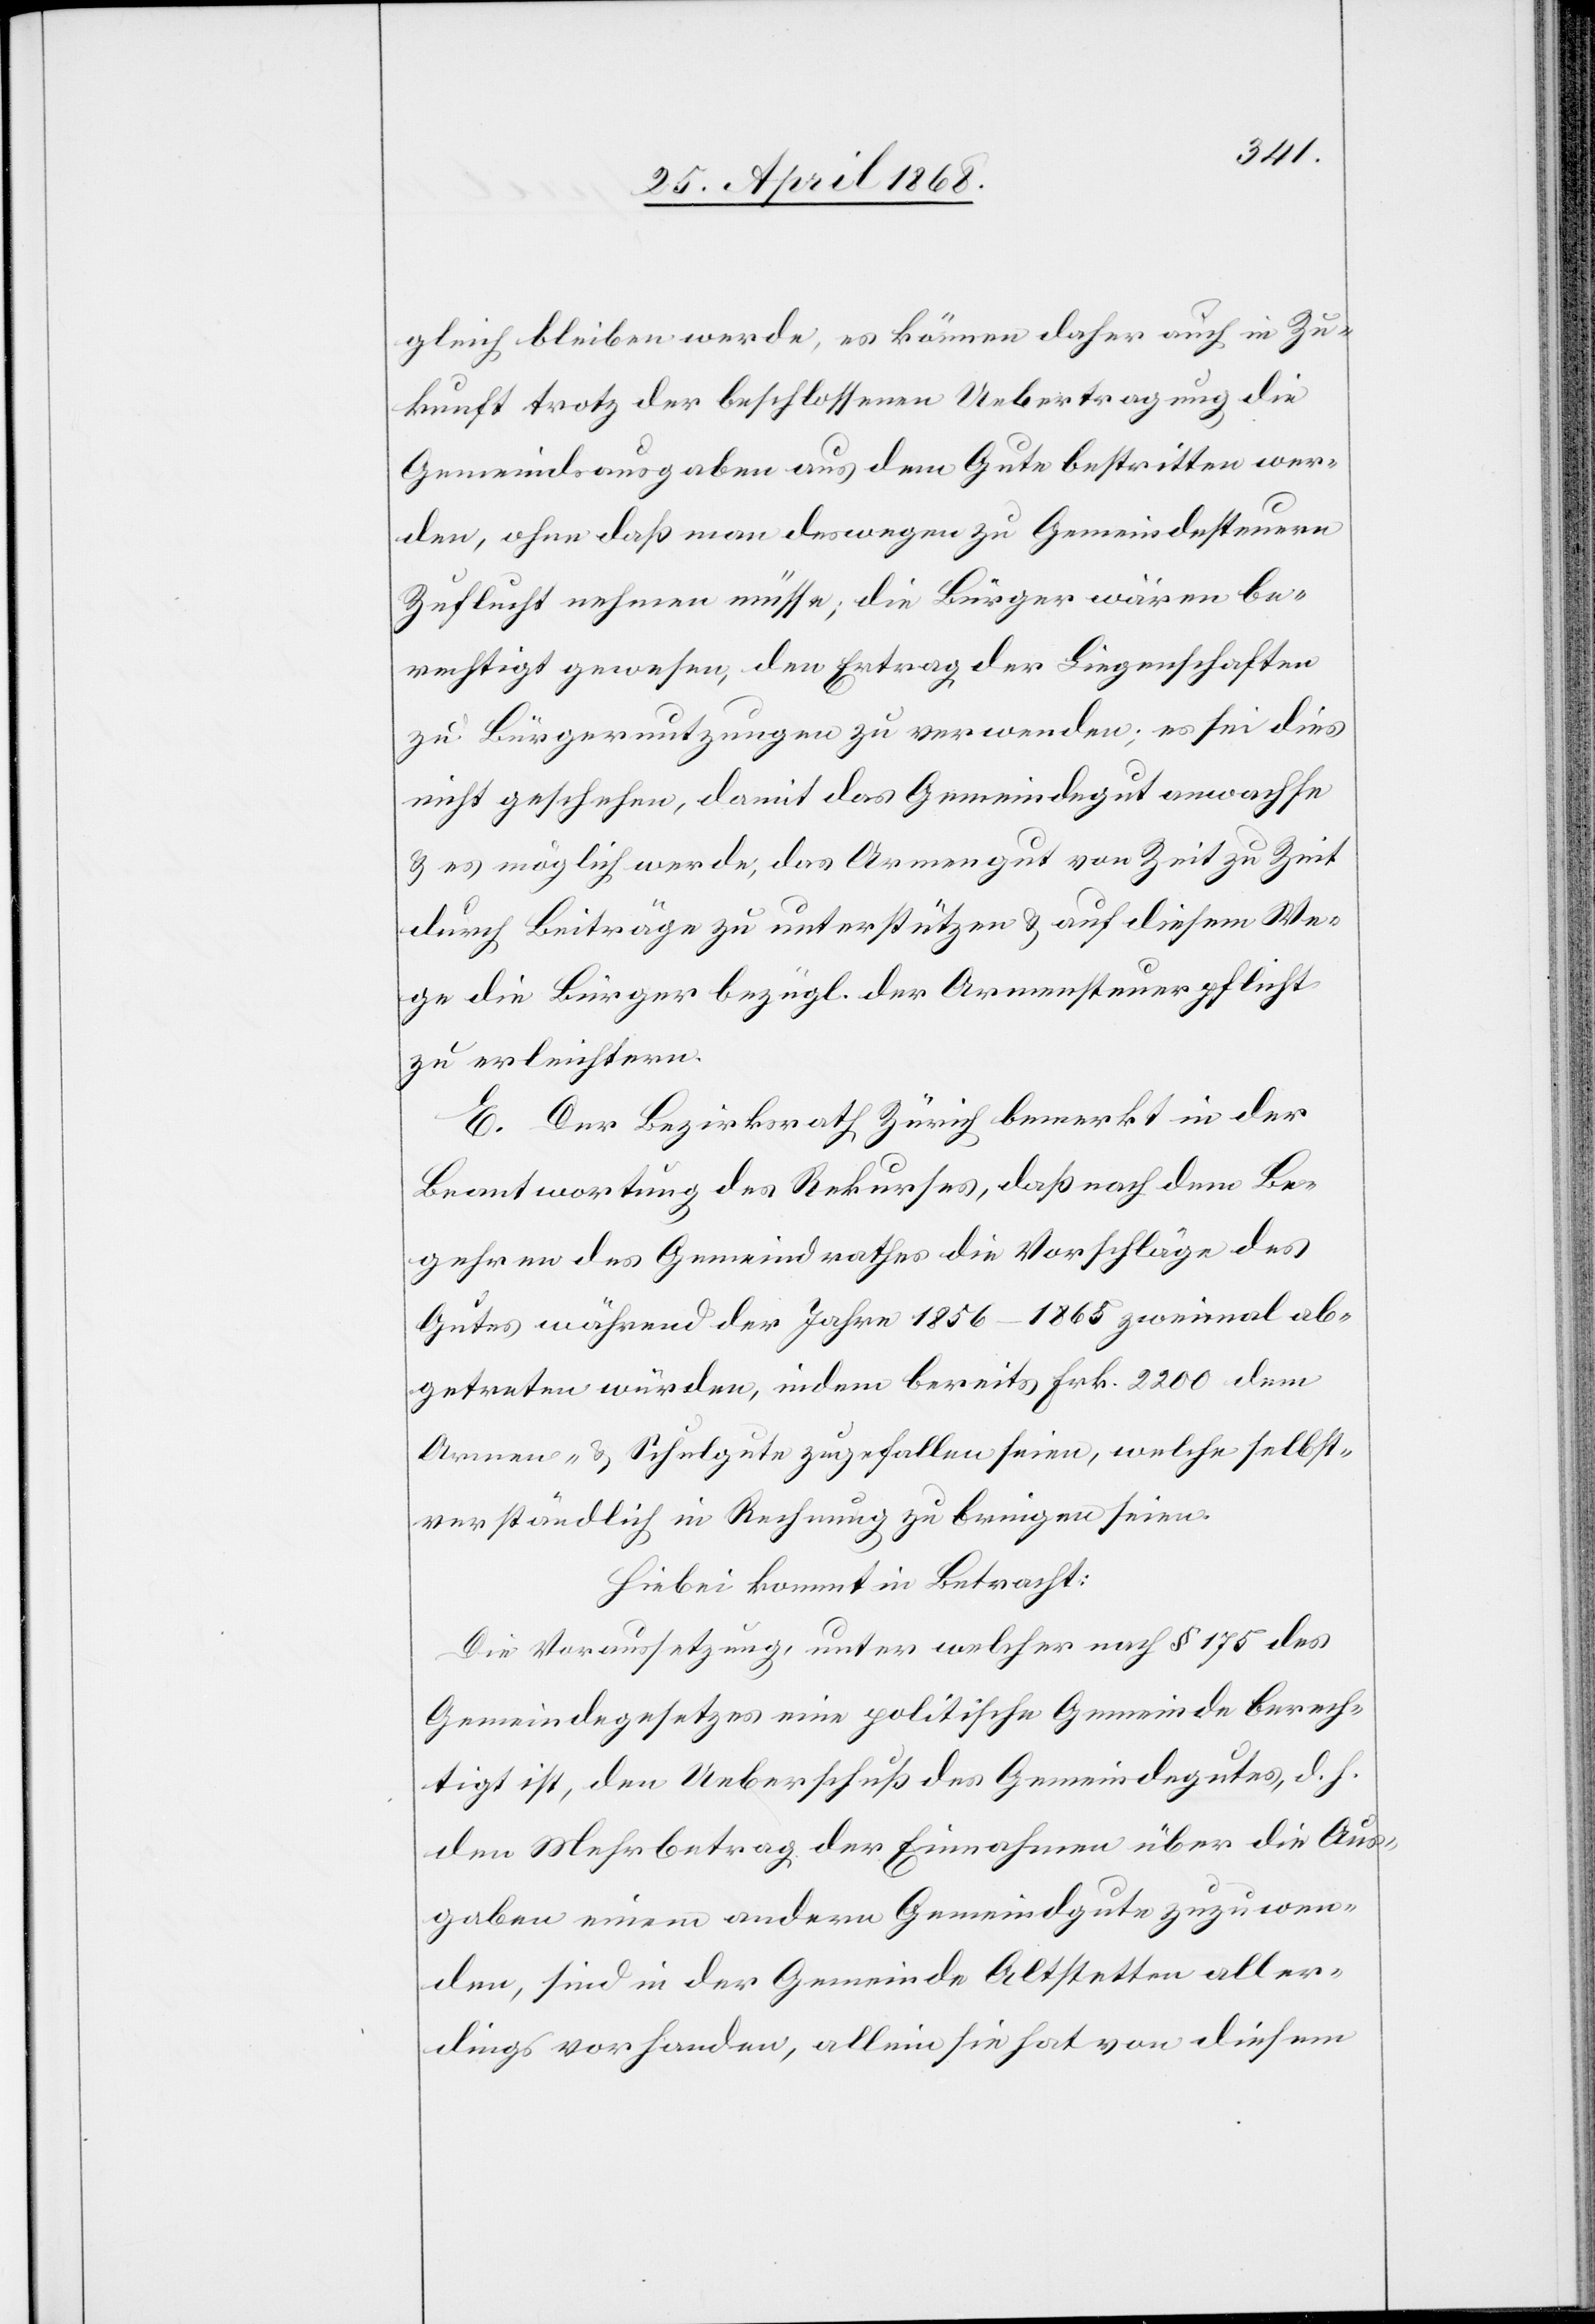
gleich bleiben werde, es können daher auch in Zu¬
kunft trotz der beschlossenen Uebertragung die
Gemeindsausgaben aus dem Gute bestritten wer¬
den, ohne daß man deswegen zu Gemeindesteuern
Zuflucht nehmen müsse; die Bürger wären be¬
rechtigt gewesen, den Ertrag der Liegenschaften
zu Bürgernutzungen zu verwenden; es sei dies
nicht geschehen, damit das Gemeindegut anwachse
& es möglich werde, das Armengut von Zeit zu Zeit
durch Beiträge zu unterstützen & auf diesem We¬
ge die Bürger bezügl. der Armensteuerpflicht
zu erleichtern.
E. Der Bezirksrath Zürich bemerkt in der
Beantwortung des Rekurses, daß nach dem Be¬
gehren des Gemeindrathes die Vorschläge des
Gutes während der Jahre 1856–1865 zweimal ab¬
getreten würden, indem bereits Frk. 2200 dem
Armen- & Schulgute zugefallen seien, welche selbst¬
verständlich in Rechnung zu bringen seien.
Hiebei kommt in Betracht:
Die Voraussetzung, unter welcher nach § 175 des
Gemeindegesetzes eine politische Gemeinde berech¬
tigt ist, den Ueberschuß des Gemeindegutes, d. h.
den Mehrbetrag der Einnahmen über die Aus¬
gaben einem andern Gemeindgute zuzuwen¬
den, sind in der Gemeinde Altstetten aller¬
dings vorhanden, allein sie hat von diesem